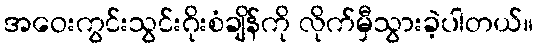
အဝေးကွင်းသွင်းဂိုးစံချိန်ကို လိုက်မှီသွားခဲ့ပါတယ်။